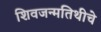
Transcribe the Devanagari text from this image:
शिवजन्मतिथीचे